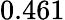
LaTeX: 0.461